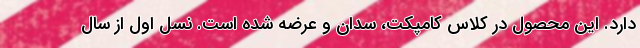
دارد. این محصول در کلاس کامپکت، سدان و عرضه شده است. نسل اول از سال